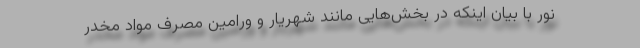
نور با بیان اینکه در بخش‌هایی مانند شهریار و ورامین مصرف مواد مخدر